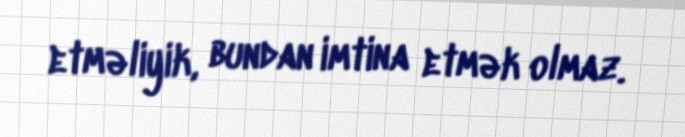
etməliyik, bundan imtina etmək olmaz.